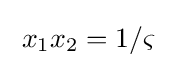
\;x_{1}x_{2}=1/\varsigma